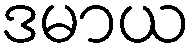
ဒမာယ